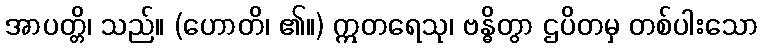
အာပတ္တိ၊ သည်။ (ဟောတိ၊ ၏။) ဣတရေသု၊ ဗန္ဓိတွာ ဌပိတမှ တစ်ပါးသော